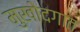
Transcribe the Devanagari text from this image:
मुखोदगात